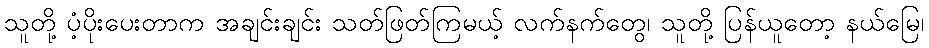
သူတို့ ပံ့ပိုးပေးတာက အချင်းချင်း သတ်ဖြတ်ကြမယ့် လက်နက်တွေ၊ သူတို့ ပြန်ယူတော့ နယ်မြေ၊